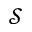
\mathcal { S }